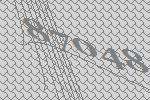
87048